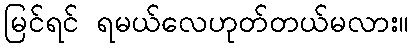
မြင်ရင် ရမယ်လေဟုတ်တယ်မလား။